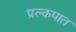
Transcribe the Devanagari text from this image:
प्रल्कपात